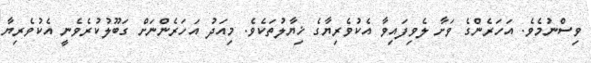
ވިސްނުމެވެ. އަހަރެންގެ ވަށާ ލެވިފައިވާ އެކުވެރިޔާގެ ޚިޔާލުތަކެވެ. މިއަދު އަހަރެންނަށް ގަބޫލުކުރެވެނީ އެކުވެރިޔާ